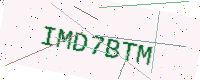
Text: IMD7BTM